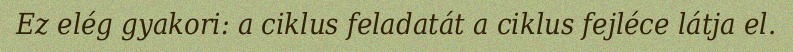
Ez elég gyakori: a ciklus feladatát a ciklus fejléce látja el.